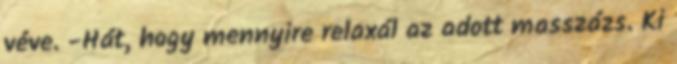
véve. -Hát, hogy mennyire relaxál az adott masszázs. Ki